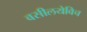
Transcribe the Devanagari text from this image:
वसीलयेविच